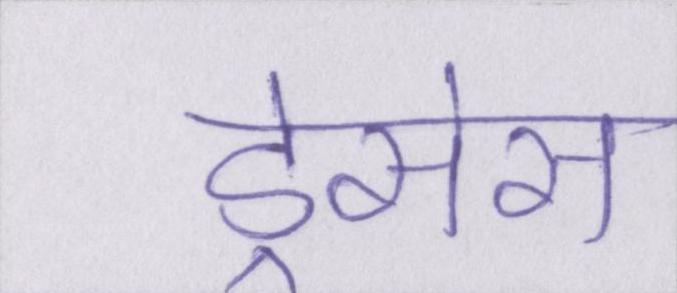
ड्रेसेस